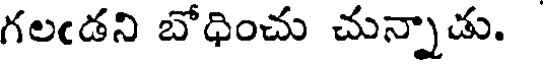
గలఁడని బోధించు చున్నాడు.